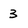
Character: 3